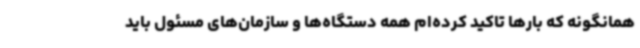
همانگونه که بارها تاکید کرده‌ام همه دستگاه‌ها و سازمان‌های مسئول باید